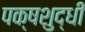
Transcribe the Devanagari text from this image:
पक्षशुद्धी